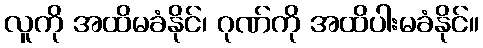
လူကို အထိမခံနိုင်၊ ဂုဏ်ကို အထိပါးမခံနိုင်။